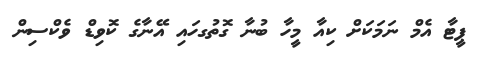
ޕީޓާ އެމް ނަމަކަށް ކިއާ މީހާ ބުނާ ގޮތުގހައި އޭނާގެ ކޮވިޑް ވެކްސިން